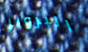
البرونز